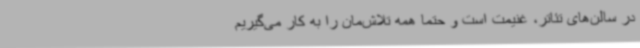
در سالن‌های تئاتر، غنیمت است و حتما همه تلاش‌مان را به کار می‌گیریم